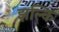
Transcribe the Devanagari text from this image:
झल्कि